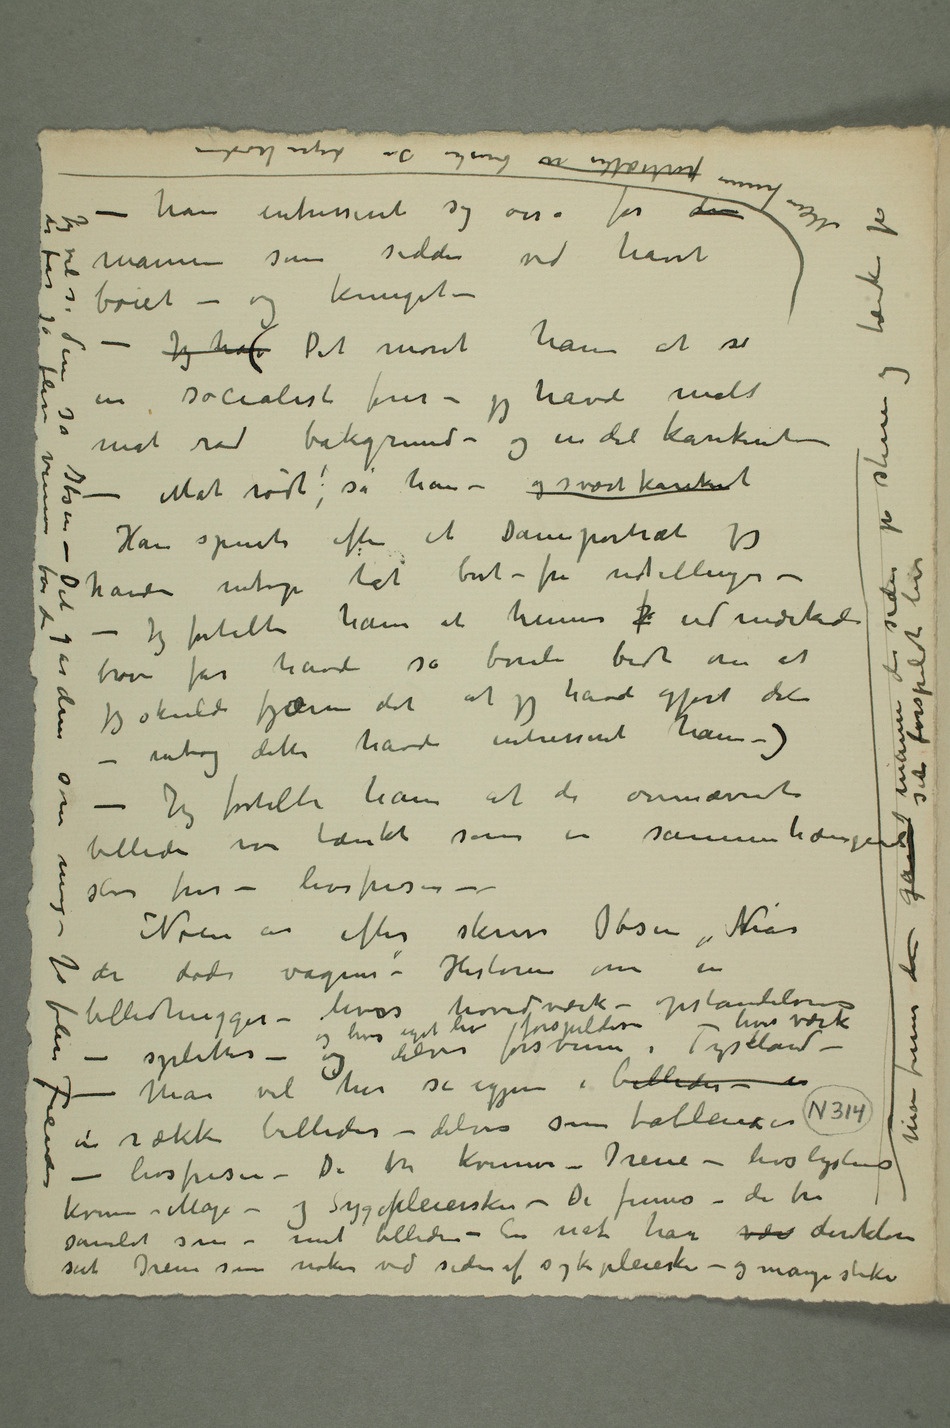
bøiet – og knuget –
en socialist fører – jeg havde malt
havde netop tat bort fra udstillingen –
jeg skulde fjærne det at jeg havde gjort det –
billeder var tænkt som en sammenhængende
stor fris – livsfrisen – –
de døde vågner» – Historien om en
billedhugger – hvis hovedværk – opstandelsens livsværk – splittes – og
hvis eget liv forspildes og
kvinne – Maja – og Sygepleiersken – De finnes – de tre
samlet som i mit billede – En nat har vær direktøren
seet Irene som naken ved siden af sykepleiersken – og mange slike Jeg